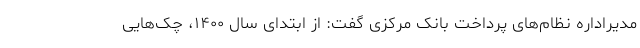
مدیراداره نظام‌های پرداخت بانک مرکزی گفت: از ابتدای سال ۱۴۰۰، چک‌هایی